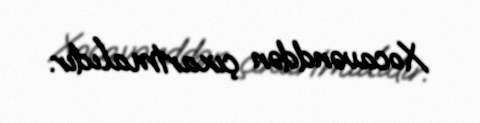
Xocavənddən çıxartmalıdır.